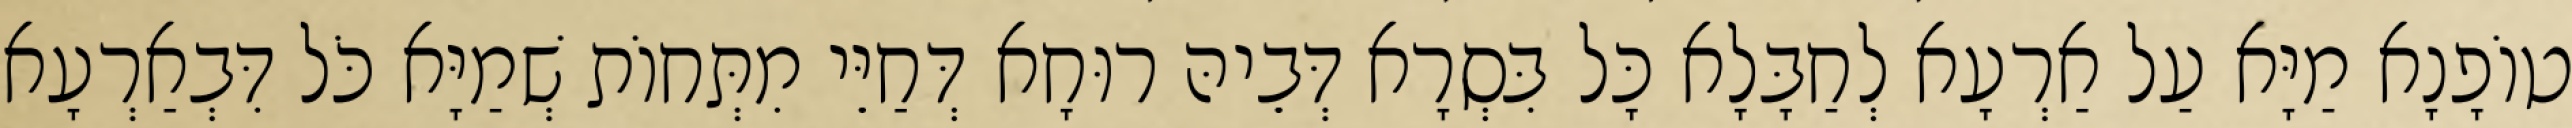
טוֹפָנָא מַיָּא עַל אַרְעָא לְחַבָּלָא כָּל בִּסְרָא דְּבֵיהּ רוּחָא דְּחַיֵּי מִתְּחוֹת שְׁמַיָּא כֹּל דִּבְאַרְעָא